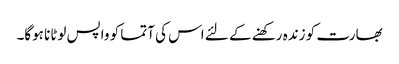
بھارت کو زندہ رکھنے کے لئے اس کی آتما کو واپس لوٹانا ہوگا۔